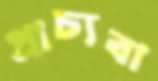
প্রাচ্যবা